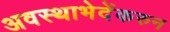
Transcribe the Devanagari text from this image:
अवस्थाभेदेंकरुन